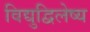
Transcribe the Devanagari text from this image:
विद्युद्विलेष्य